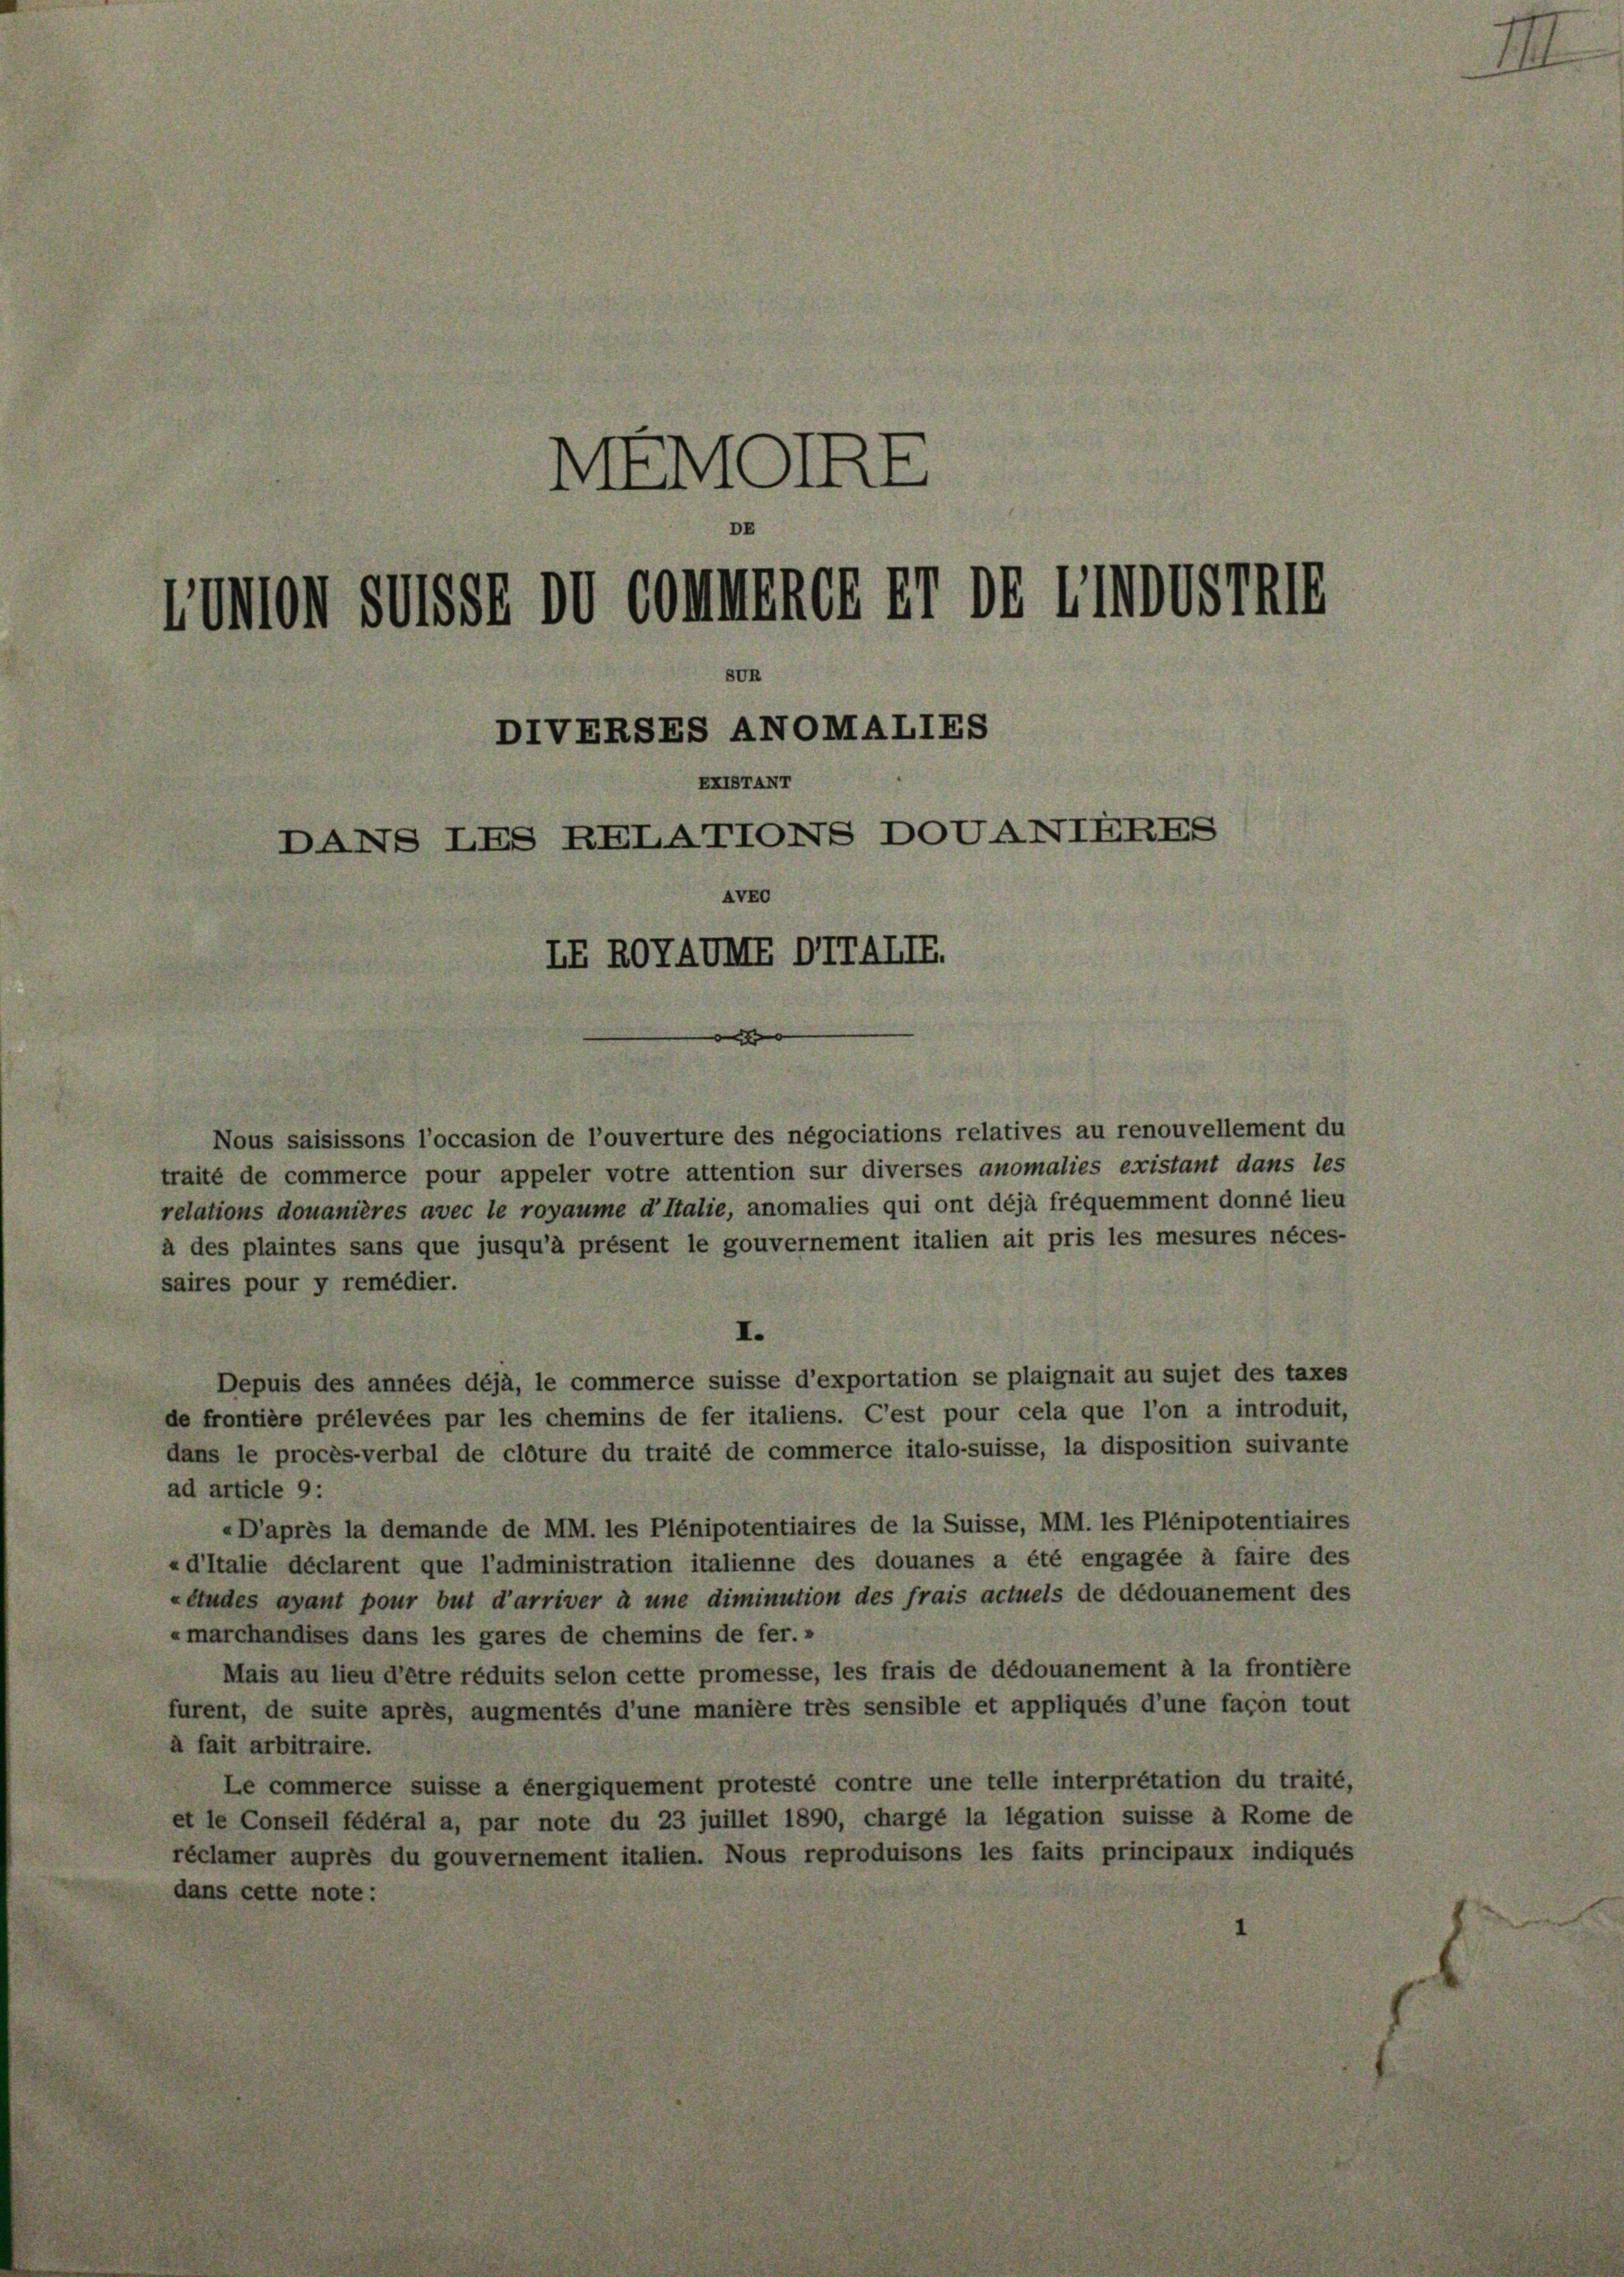
MEMOIRE
IDMon SUSSE DV COnMRRG XI DG XIVSTRI
DIVERSES ANOMALIES
XI
Ta
XXIE
DANS LES RELATTONS DOUANIERES
AVRo
LE ROTAVRF DTTATIF.

Nous saisissons l’occasion de l’ouverture des négociations relatives au renouvellement du
traité de commerce pour appeler votre attention sur diverses anomalies existant dans les
relations douanières avec le royaume d’Italie, anomalies qui ont déjà frequemment donné lieu
à des plaintes sans que jusqu’à présent le gouvernement italien ait pris les mesures néces-
saires pour y remédier.
Depuis des années déjà, le commerce suisse d’exportation se plaignait au sujet des taxes
de frontière prélevées par les chemins de fer italiens. C’est pour cela que l’on a introduit,
dans le procès-verbal de clôture du traité de commerce italo-suisse, la disposition suivante
ad article 9:
«D’après la demande de MM. les Plénipotentiaires de la Suisse, MM. les Plénipotentiaires
«d’Italie déclarent que l’administration italienne des douanes a été engagée à faire des
«études ayant pour but d’arriver à une diminution des frais actuels de dédouanement des
«marchandises dans les gares de chemins de fer.«
Mais au lieu d’être réduits selon cette promesse, les frais de dédouanement à la frontière
furent, de suite après, augmentés d’une manière très sensible et appliqués d’une façon tout
à fait arbitraire.
Le commerce suisse a energiquement protesté contre une telle interpretation du traité,
et le Conseil fédéral a, par note du 23 juillet 1890, chargé la légation suisse à Rome de
réclamer auprès du gouvernement italien. Nous reproduisons les faits principaux indiqués
dans cette note:

d

.